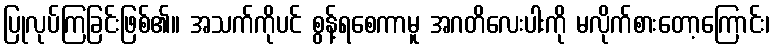
ပြုလုပ်ကြခြင်းဖြစ်၏။ အသက်ကိုပင် စွန့်ရစေကာမူ အဂတိလေးပါးကို မလိုက်စားတော့ကြောင်း၊